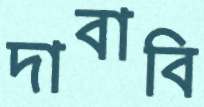
দাবাবি